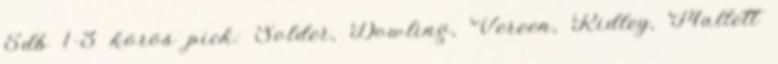
5db 1-3 körös pick: Solder, Dowling, Vereen, Ridley, Mallett